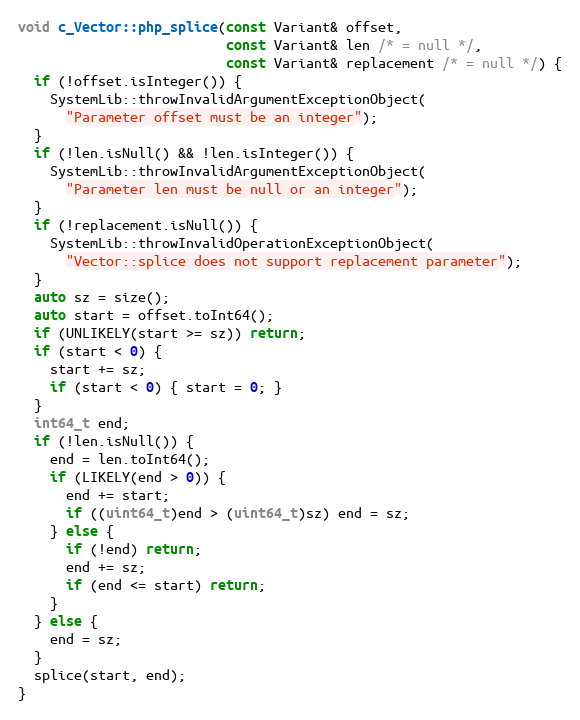
Language: C++
void c_Vector::php_splice(const Variant& offset,
                          const Variant& len /* = null */,
                          const Variant& replacement /* = null */) {
  if (!offset.isInteger()) {
    SystemLib::throwInvalidArgumentExceptionObject(
      "Parameter offset must be an integer");
  }
  if (!len.isNull() && !len.isInteger()) {
    SystemLib::throwInvalidArgumentExceptionObject(
      "Parameter len must be null or an integer");
  }
  if (!replacement.isNull()) {
    SystemLib::throwInvalidOperationExceptionObject(
      "Vector::splice does not support replacement parameter");
  }
  auto sz = size();
  auto start = offset.toInt64();
  if (UNLIKELY(start >= sz)) return;
  if (start < 0) {
    start += sz;
    if (start < 0) { start = 0; }
  }
  int64_t end;
  if (!len.isNull()) {
    end = len.toInt64();
    if (LIKELY(end > 0)) {
      end += start;
      if ((uint64_t)end > (uint64_t)sz) end = sz;
    } else {
      if (!end) return;
      end += sz;
      if (end <= start) return;
    }
  } else {
    end = sz;
  }
  splice(start, end);
}